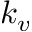
k _ { v }